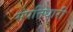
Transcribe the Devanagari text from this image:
संपत्तिधारी